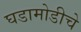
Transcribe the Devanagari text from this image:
घडामोडीचे